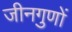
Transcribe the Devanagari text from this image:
जीनगुणों